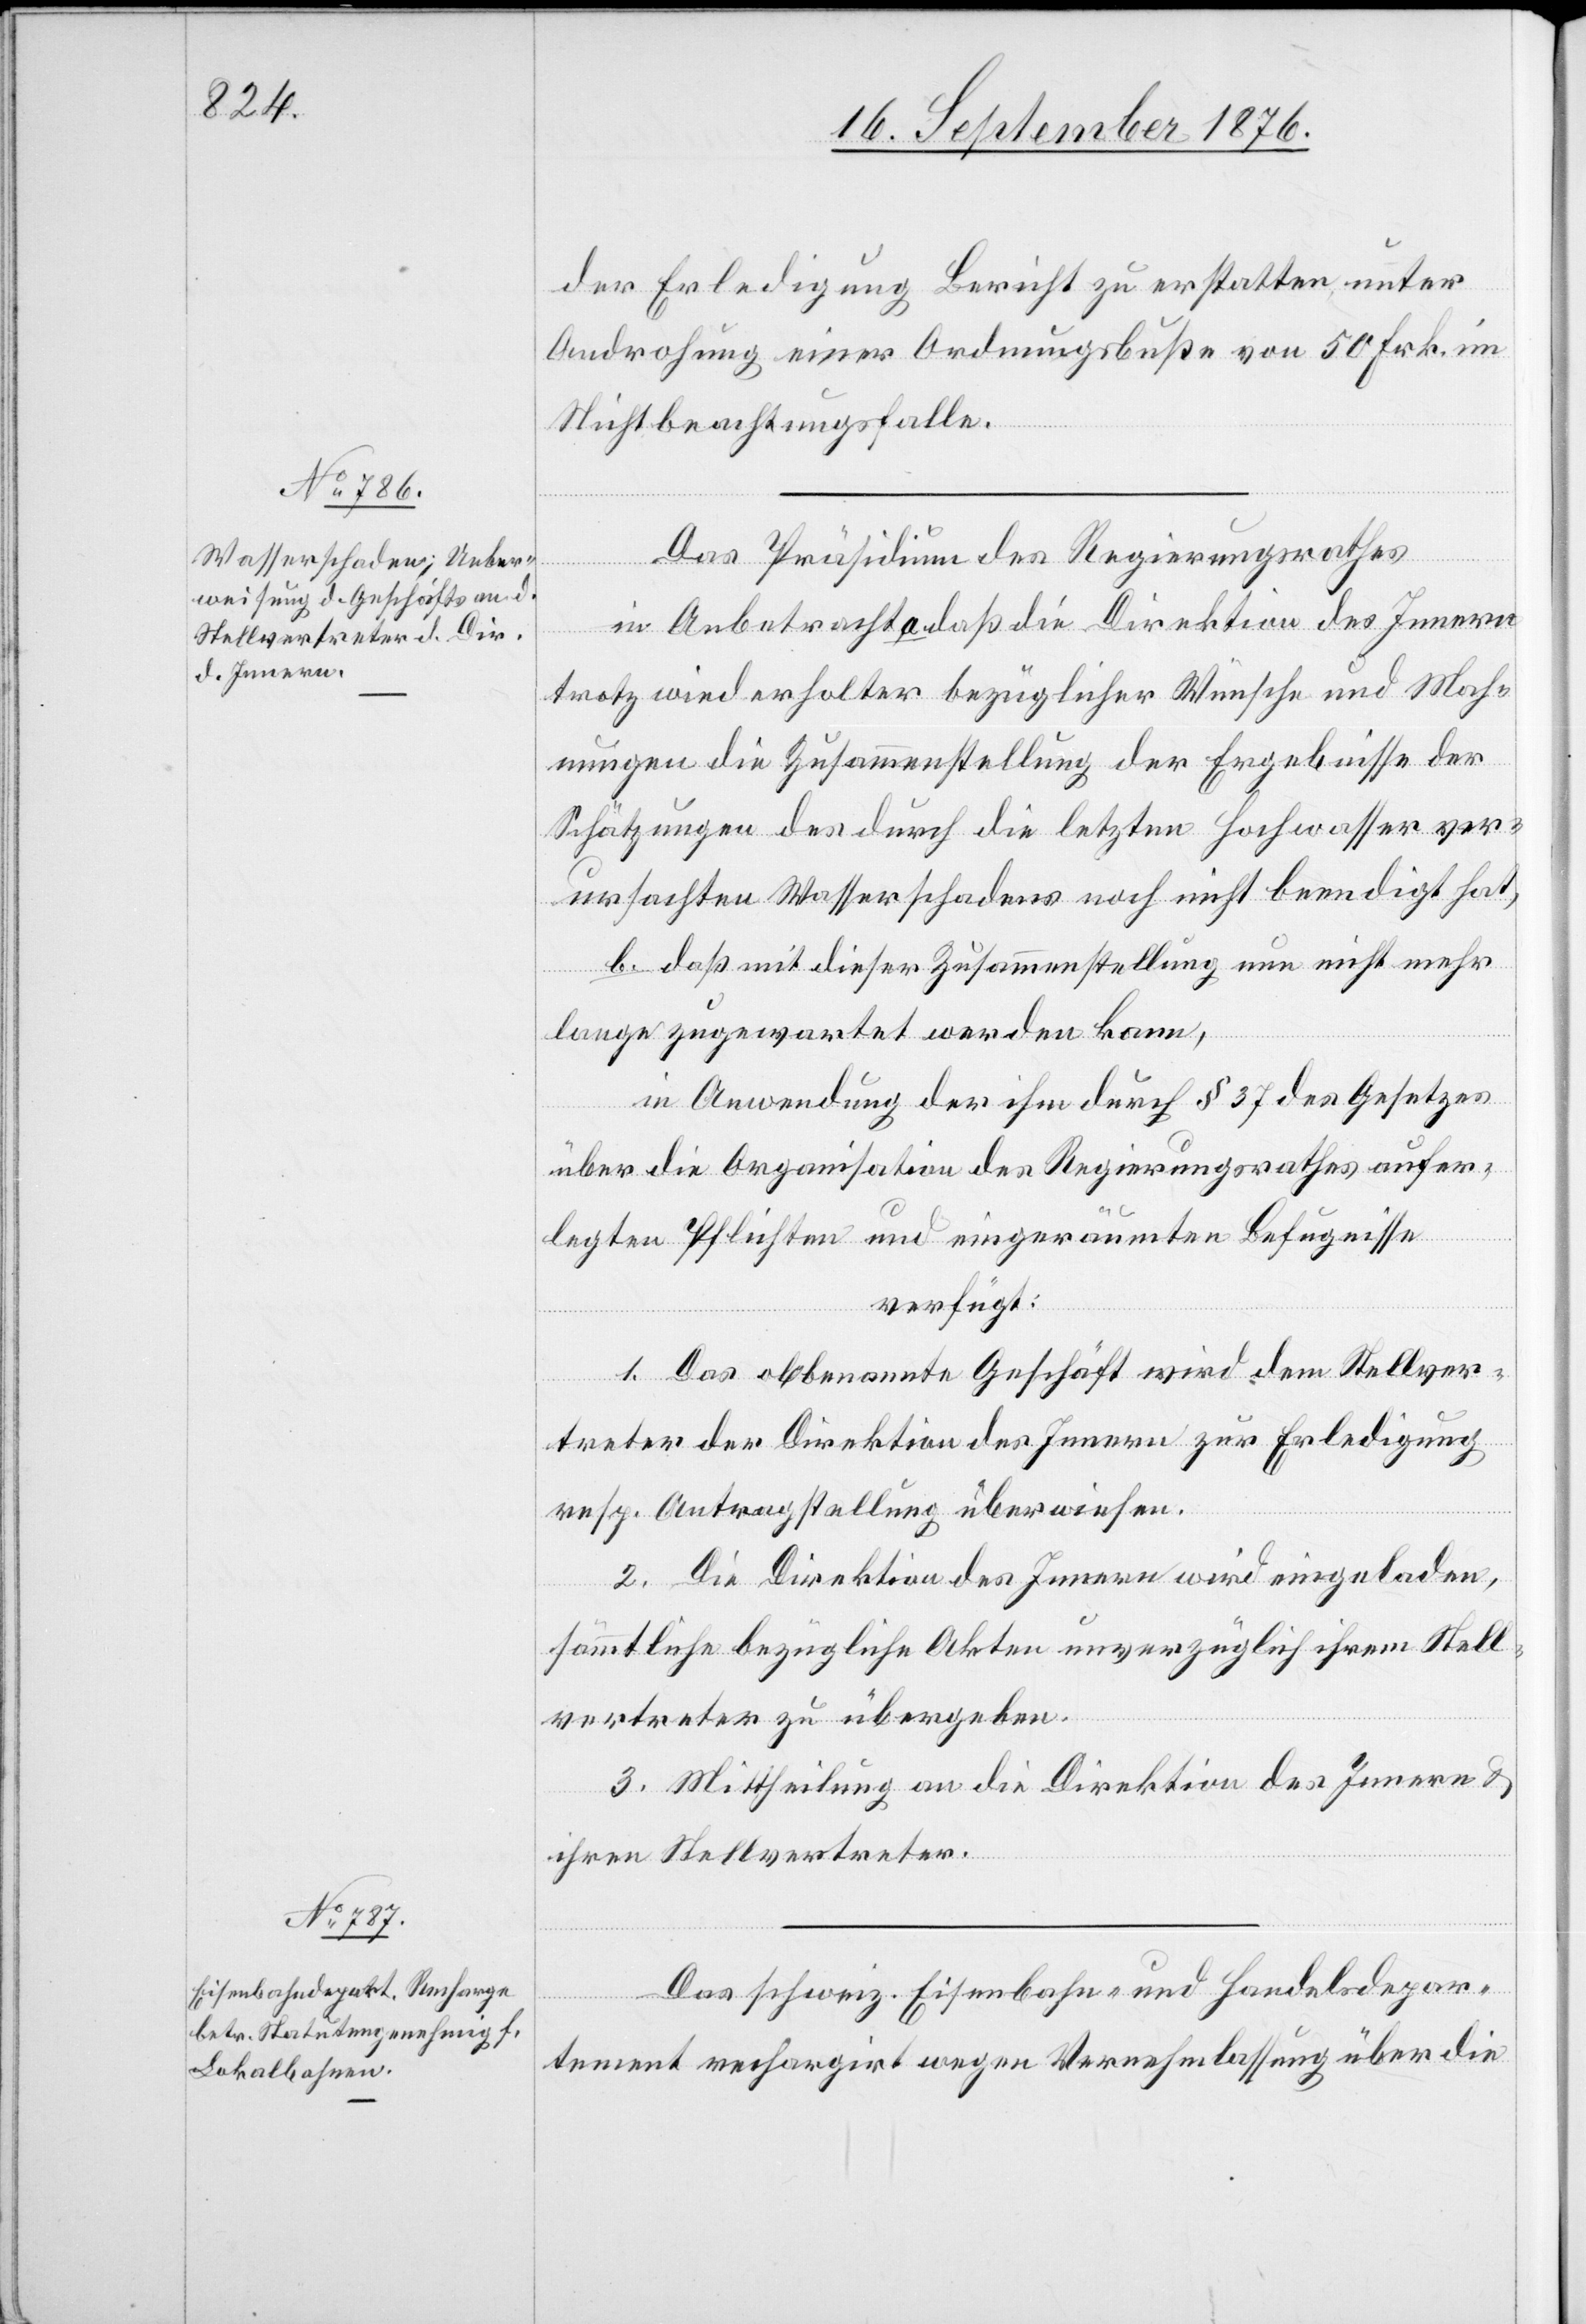
20. September 1876.]
der Erledigung Bericht zu erstatten unter
Androhung einer Ordnungsbuße von 50 Frk. im
Nichtbeachtungsfalle.
Das Präsidium des Regierungsrathes
in Anbetracht a. daß die Direktion des Innern
trotz wiederholter bezüglicher Wünsche und Mah¬
nungen die Zusammenstellung der Ergebnisse der
Schätzungen des durch die letzten Hochwasser ver¬
ursachten Wasserschadens noch nicht beendigt hat,
b. daß mit dieser Zusammenstellung nun nicht mehr
lange zugewartet werden kann,
in Anwendung der ihm durch § 37 des Gesetzes
über die Organisation des Regierungsrathes aufer¬
legten Pflichten und eingeräumten Befugnisse
verfügt:
1. Das obbenannte Geschäft wird dem Stellver¬
treter der Direktion des Innern zur Erledigung
resp. Antragstellung überwiesen.
3. Mittheilung an die Direktion des Innern &
ihren Stellvertreter.
Das schweiz. Eisenbahn- und Handelsdepar¬
tement rechargirt werden Vernehmlassung über die